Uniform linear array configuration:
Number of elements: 16
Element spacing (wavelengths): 0.25
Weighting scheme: kaiser
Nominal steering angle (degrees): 45
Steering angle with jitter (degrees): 46.41
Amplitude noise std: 0.05
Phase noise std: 0.05

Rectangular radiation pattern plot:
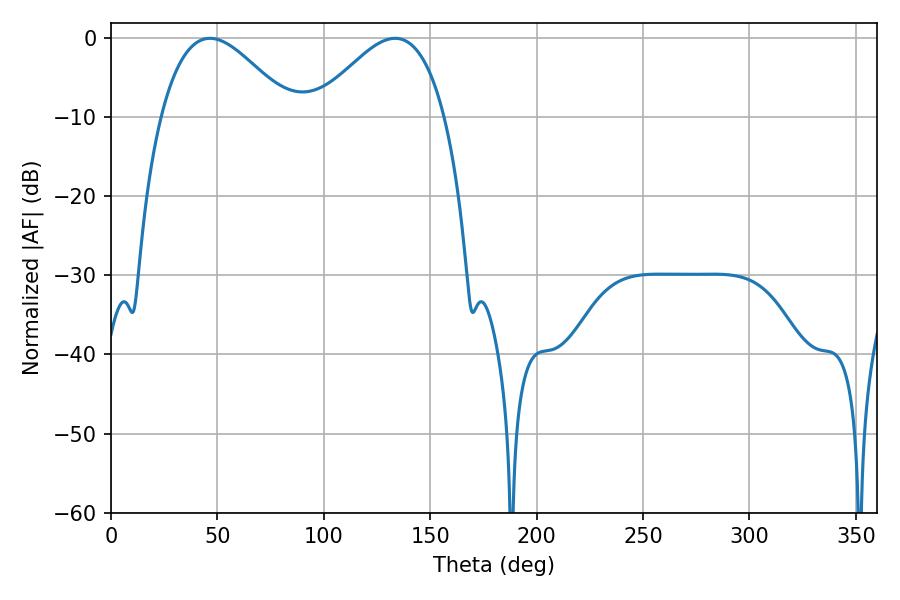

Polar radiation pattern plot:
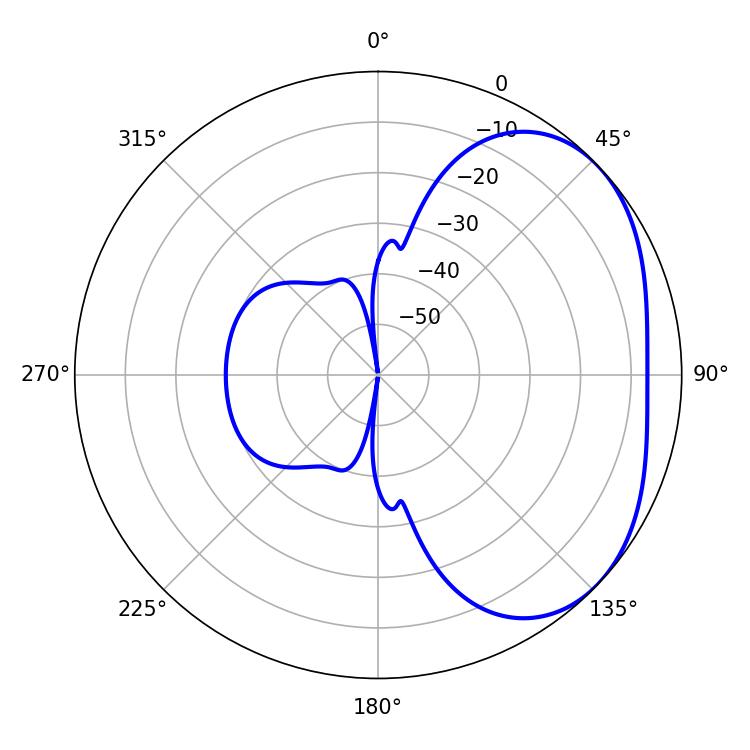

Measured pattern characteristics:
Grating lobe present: FALSE
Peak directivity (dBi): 3.113
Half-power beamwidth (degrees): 32.94
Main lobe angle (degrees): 46.44